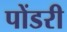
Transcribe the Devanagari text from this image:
पोंडरी